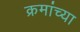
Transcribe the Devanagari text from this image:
क्रमांच्या